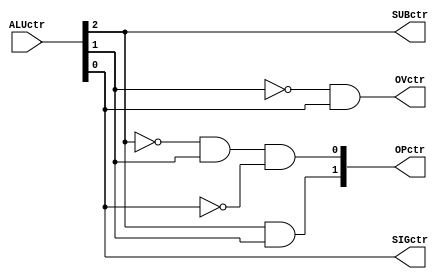
module crtgenerator(ALUctr, SUBctr, OPctr, OVctr, SIGctr);
	parameter n = 3;
	input[n-1:0] ALUctr;
	output reg SUBctr, OVctr, SIGctr;
	output reg[1:0] OPctr; 
	
	always @(*) begin
		SUBctr = ALUctr[2];
		OVctr = !ALUctr[1] & ALUctr[0];
		SIGctr = ALUctr[0];
		OPctr[1] = ALUctr[2] & ALUctr[1];
		OPctr[0] = !ALUctr[2] & ALUctr[1] & !ALUctr[0];
	end

endmodule